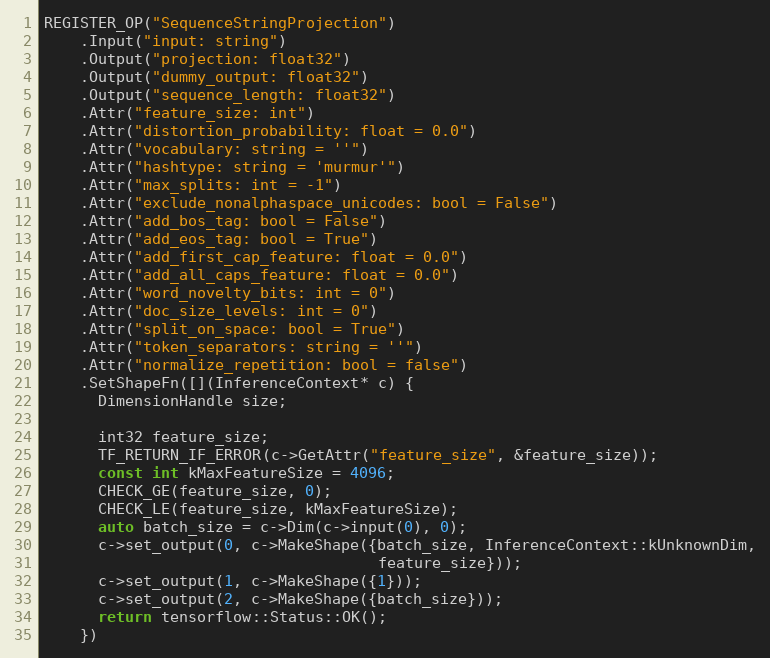
Language: C++
REGISTER_OP("SequenceStringProjection")
    .Input("input: string")
    .Output("projection: float32")
    .Output("dummy_output: float32")
    .Output("sequence_length: float32")
    .Attr("feature_size: int")
    .Attr("distortion_probability: float = 0.0")
    .Attr("vocabulary: string = ''")
    .Attr("hashtype: string = 'murmur'")
    .Attr("max_splits: int = -1")
    .Attr("exclude_nonalphaspace_unicodes: bool = False")
    .Attr("add_bos_tag: bool = False")
    .Attr("add_eos_tag: bool = True")
    .Attr("add_first_cap_feature: float = 0.0")
    .Attr("add_all_caps_feature: float = 0.0")
    .Attr("word_novelty_bits: int = 0")
    .Attr("doc_size_levels: int = 0")
    .Attr("split_on_space: bool = True")
    .Attr("token_separators: string = ''")
    .Attr("normalize_repetition: bool = false")
    .SetShapeFn([](InferenceContext* c) {
      DimensionHandle size;

      int32 feature_size;
      TF_RETURN_IF_ERROR(c->GetAttr("feature_size", &feature_size));
      const int kMaxFeatureSize = 4096;
      CHECK_GE(feature_size, 0);
      CHECK_LE(feature_size, kMaxFeatureSize);
      auto batch_size = c->Dim(c->input(0), 0);
      c->set_output(0, c->MakeShape({batch_size, InferenceContext::kUnknownDim,
                                     feature_size}));
      c->set_output(1, c->MakeShape({1}));
      c->set_output(2, c->MakeShape({batch_size}));
      return tensorflow::Status::OK();
    })